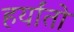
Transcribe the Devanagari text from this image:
हर्यांतो